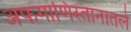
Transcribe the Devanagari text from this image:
अफगाणिस्तानातले